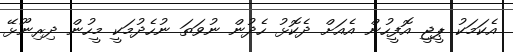
އެކަމަކު ޕީޖީ އޮފީހުން އެއަށް ދެކޮޅު ހެދުން ނުވަތަ ނުހެދުމަކީ މީހުން ދިރިނޫޅޭ